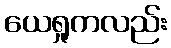
ယေရှုကလည်း